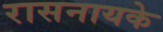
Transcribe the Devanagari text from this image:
रासनायके